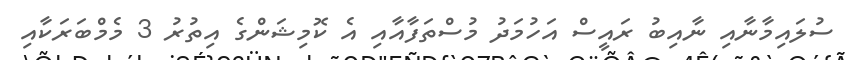
ސުލައިމާނާއި ނާއިބު ރައީސް އަހުމަދު މުސްތަފާއާއި އެ ކޮމިޝަންގެ އިތުރު 3 މެމްބަރަކާއި